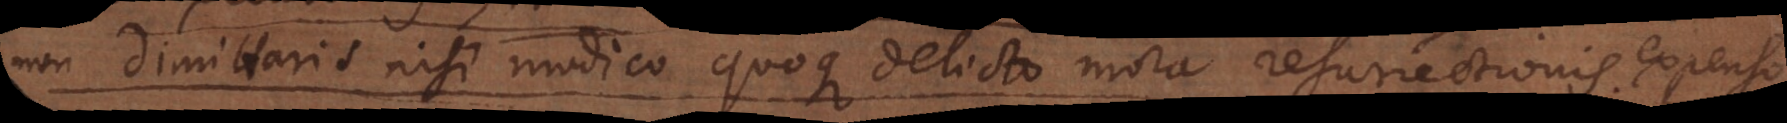
non dimittaris nisi modico quoque delicto mora resurrectionis expenso.